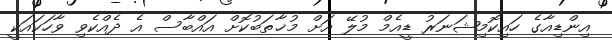
އިންޑިއާގެ ހައިކޮމިޝަނަރު ޑީއެމް މުލޭ އަށް މުޚާތަބުކޮށް އައްބާސް އެ ދެއްކެވި ވާހަކައަކީ